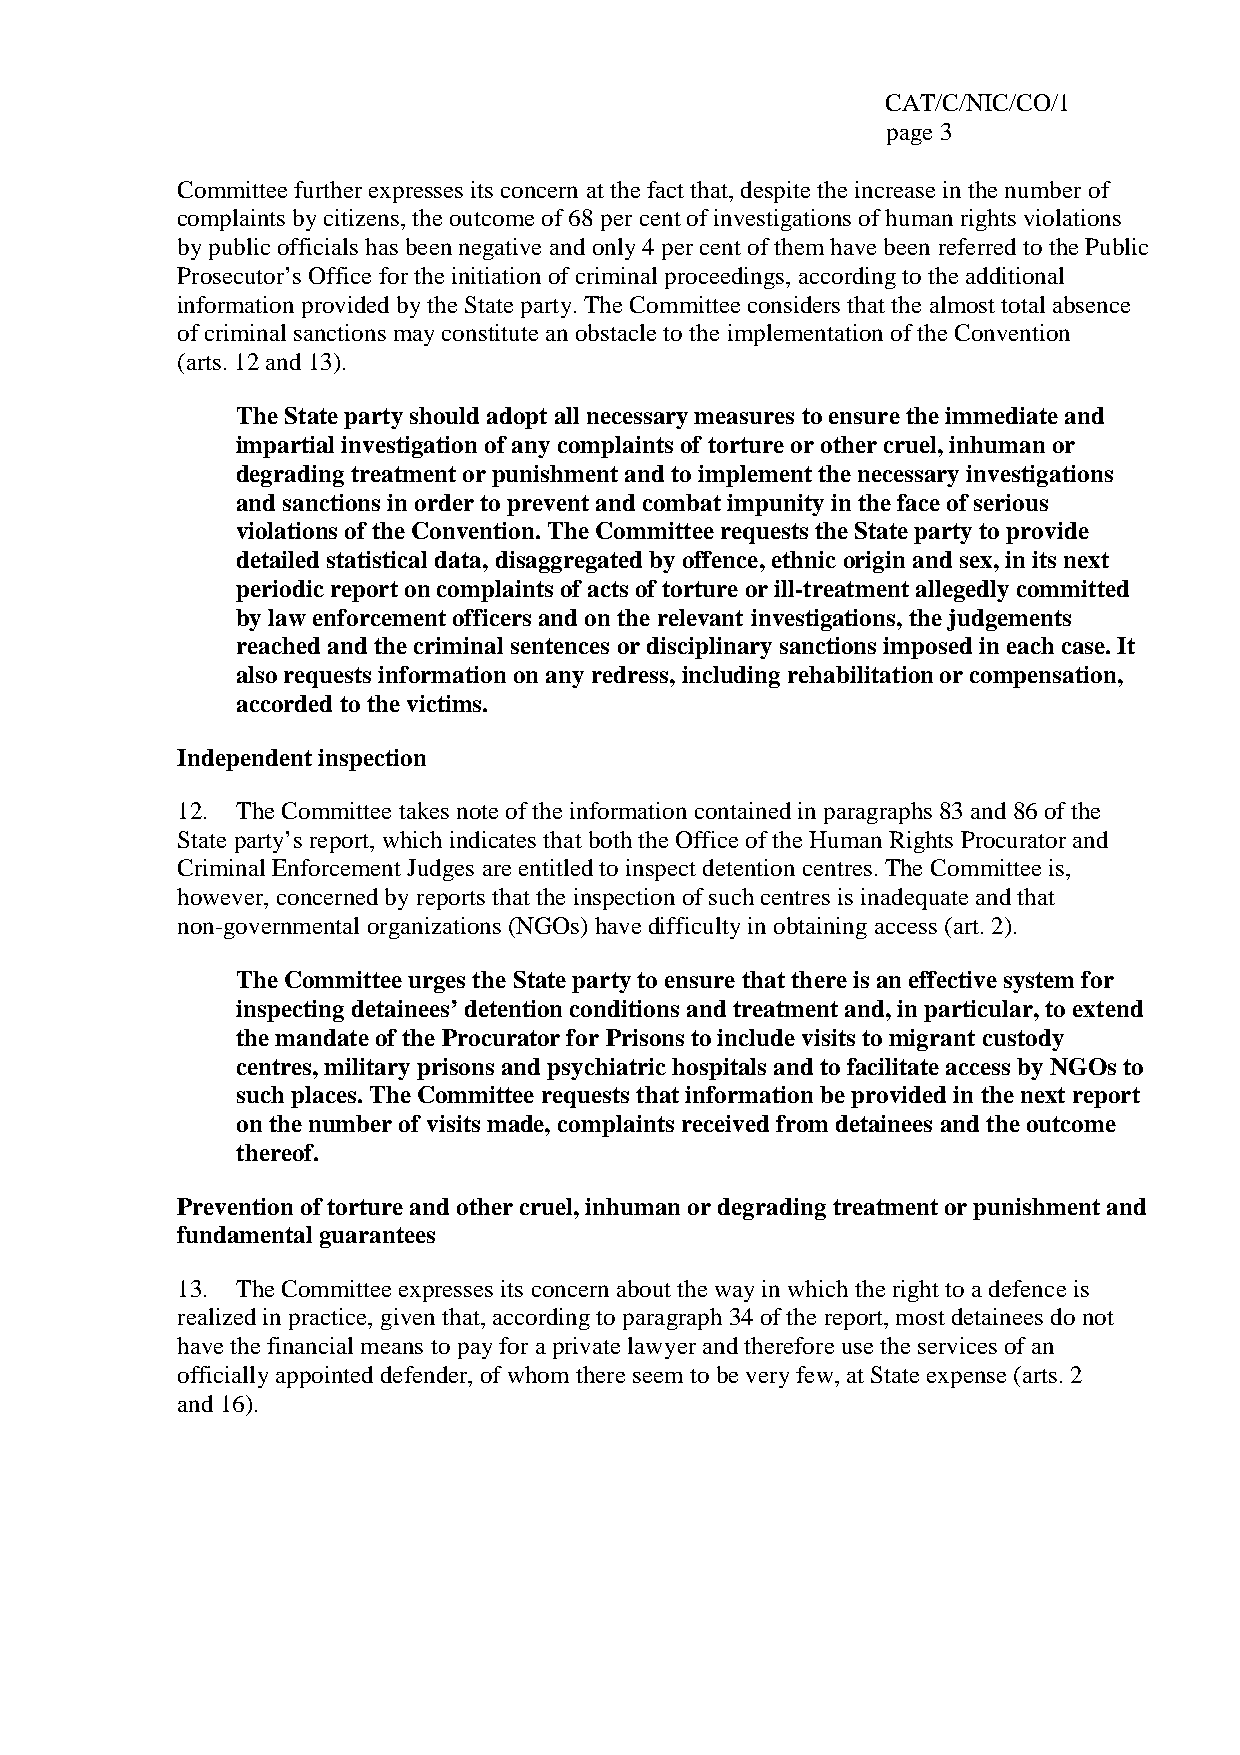
CAT/C/NIC/CO/1
 page 3
 Committee further expresses its concern at the fact that, despite the increase in the number of
 complaints by citizens, the outcome of 68 per cent of investigations of human rights violations
 by public officials has been negative and only 4 per cent of them have been referred to the Public
 Prosecutor’s Office for the initiation of criminal proceedings, according to the additional
 information provided by the State party. The Committee considers that the almost total absence
 of criminal sanctions may constitute an obstacle to the implementation of the Convention
 (arts. 12 and 13).
 The State party should adopt all necessary measures to ensure the immediate and
 impartial investigation of any complaints of torture or other cruel, inhuman or
 degrading treatment or punishment and to implement the necessary investigations
 and sanctions in order to prevent and combat impunity in the face of serious
 violations of the Convention. The Committee requests the State party to provide
 detailed statistical data, disaggregated by offence, ethnic origin and sex, in its next
 periodic report on complaints of acts of torture or ill-treatment allegedly committed
 by law enforcement officers and on the relevant investigations, the judgements
 reached and the criminal sentences or disciplinary sanctions imposed in each case. It
 also requests information on any redress, including rehabilitation or compensation,
 accorded to the victims.
 Independent inspection
 12. The Committee takes note of the information contained in paragraphs 83 and 86 of the
 State party’s report, which indicates that both the Office of the Human Rights Procurator and
 Criminal Enforcement Judges are entitled to inspect detention centres. The Committee is,
 however, concerned by reports that the inspection of such centres is inadequate and that
 non-governmental organizations (NGOs) have difficulty in obtaining access (art. 2).
 The Committee urges the State party to ensure that there is an effective system for
 inspecting detainees’ detention conditions and treatment and, in particular, to extend
 the mandate of the Procurator for Prisons to include visits to migrant custody
 centres, military prisons and psychiatric hospitals and to facilitate access by NGOs to
 such places. The Committee requests that information be provided in the next report
 on the number of visits made, complaints received from detainees and the outcome
 thereof.
 Prevention of torture and other cruel, inhuman or degrading treatment or punishment and
 fundamental guarantees
 13. The Committee expresses its concern about the way in which the right to a defence is
 realized in practice, given that, according to paragraph 34 of the report, most detainees do not
 have the financial means to pay for a private lawyer and therefore use the services of an
 officially appointed defender, of whom there seem to be very few, at State expense (arts. 2
 and 16).